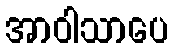
အာဝါသာပေ